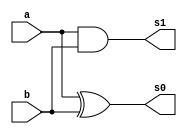
// ------------------------- 
// Exemplo0034 - SOMADOR ALG
// Nome: Oswaldo Oliveira Paulino
// ------------------------- 

// -------------------------
//  somador algebrico
// -------------------------
module halfAdder (output s1, output s0, input a, input b);
	xor (s0, a, b);
	and (s1, a, b);
endmodule // halfAdder

module fullAdder (output carryOut, output s, input  a, input  b, input carryIn);
	wire s2,s1,s0;
	
	halfAdder HA1 (s1, s0, a, b);
	halfAdder HA2 (s2, s, s0, carryIn);
	or            (carryOut, s1, s2);
endmodule // fullAdder

module somadorAlg (output [1:0]s, output carryOut, output overFlow, output zFlag, 
						 input [2:0]a, input [2:0]b, input carryIn);
	wire x1,x2,x3,cout1,cout2,cout3;
	
	xor XOR1      (x1, b[0], carryIn);
	xor XOR2      (x2, b[1], carryIn);
	xor XOR3      (x3, b[2], carryIn);
	fullAdder FA1 (cout1, s[0], a[0], x1, carryIn);
	fullAdder FA2 (cout2, s[1], a[1], x2, cout1);
	fullAdder FA3 (cout3, carryOut, a[2], x3, cout2);
	xor XOR4      (overFlow, cout3, carryIn);
	nor NOR1      (zFlag, s[0], s[1], carryOut, overFlow);
endmodule // somadorAlg

module test_somadorAlg;
// ------------------------- definir dados
   reg [2:0]x;
	reg [2:0]y;
	reg c;
	wire [1:0]soma;
	wire cOut;
	wire overF;
	wire zFlag;
	
	somadorAlg somadif (soma, cOut, overF, zFlag, x, y, c);
	
	initial begin: start
		x = 3'b000; 
		y = 3'b000;
		c = 0;
	end
	
// ------------------------- parte principal
   initial begin
      $display("Exemplo0034 - Oswaldo Oliveira Paulino - 382175");
      $display("Test ALU's somador algebrico");
		$display("-------------- CARRY-IN = 0 --------------");
      $monitor("%3b + %3b = %b%b%2b | ZERO-flag = %b",x,y,overF,cOut,soma,zFlag); 
		repeat (7) begin
		#1 y = y + 1;  
		end
		repeat (7) begin
		#1 x = x + 1;
		end
		
		#1
		$display("-------------- CARRY-IN = 1 --------------");
		#1 x = 3'b000; y = 3'b000; c = 1;
	   $monitor("%3b - %3b = %b%b%2b | ZERO-flag = %b",x,y,overF,cOut,soma,zFlag);
		repeat (7) begin
		#1 y = y + 1;  
		end
		repeat (7) begin
		#1 x = x + 1;
		end
   end
endmodule // test_somadorAlg

/*
    Exemplo0034 - Oswaldo Oliveira Paulino - 382175
    Test ALU's somador algebrico
    -------------- CARRY-IN = 0 --------------
    000 + 000 = 0000 | ZERO-flag = 1
    000 + 001 = 0001 | ZERO-flag = 0
    000 + 010 = 0010 | ZERO-flag = 0
    000 + 011 = 0011 | ZERO-flag = 0
    000 + 100 = 0100 | ZERO-flag = 0
    000 + 101 = 0101 | ZERO-flag = 0
    000 + 110 = 0110 | ZERO-flag = 0
    000 + 111 = 0111 | ZERO-flag = 0
    001 + 111 = 1000 | ZERO-flag = 0
    010 + 111 = 1001 | ZERO-flag = 0
    011 + 111 = 1010 | ZERO-flag = 0
    100 + 111 = 1011 | ZERO-flag = 0
    101 + 111 = 1100 | ZERO-flag = 0
    110 + 111 = 1101 | ZERO-flag = 0
    111 + 111 = 1110 | ZERO-flag = 0
    -------------- CARRY-IN = 1 --------------
    000 - 000 = 0000 | ZERO-flag = 1
    000 - 001 = 1111 | ZERO-flag = 0
    000 - 010 = 1110 | ZERO-flag = 0
    000 - 011 = 1101 | ZERO-flag = 0
    000 - 100 = 1100 | ZERO-flag = 0
    000 - 101 = 1011 | ZERO-flag = 0
    000 - 110 = 1010 | ZERO-flag = 0
    000 - 111 = 1001 | ZERO-flag = 0
    001 - 111 = 1010 | ZERO-flag = 0
    010 - 111 = 1011 | ZERO-flag = 0
    011 - 111 = 1100 | ZERO-flag = 0
    100 - 111 = 1101 | ZERO-flag = 0
    101 - 111 = 1110 | ZERO-flag = 0
    110 - 111 = 1111 | ZERO-flag = 0
    111 - 111 = 0000 | ZERO-flag = 1
*/